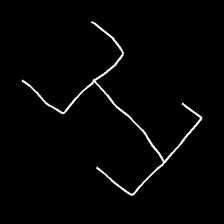
Glyph: entwine